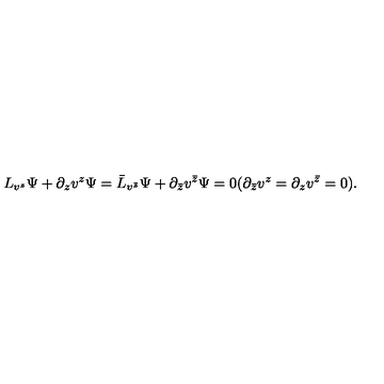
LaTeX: L _ { v ^ { z } } \Psi + \partial _ { z } v ^ { z } \Psi = \bar { L } _ { v ^ { \bar { z } } } \Psi + \partial _ { \bar { z } } v ^ { \bar { z } } \Psi = 0 ( \partial _ { \bar { z } } v ^ { z } = \partial _ { z } v ^ { \bar { z } } = 0 ) .